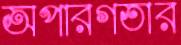
অপারগতার